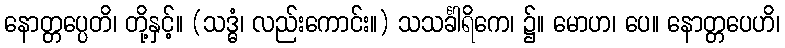
နောတ္တပ္ပေတိ၊ တို့နှင့်။ (သဒ္ဓံ၊ လည်းကောင်း။) သသင်္ခါရိကေ၊ ၌။ မောဟ၊ ပေ။ နောတ္တပေဟိ၊